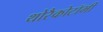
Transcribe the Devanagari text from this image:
थोरैकोटॉमी